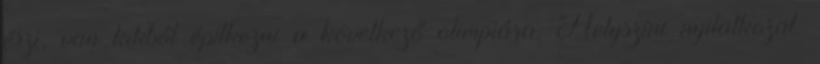
érzi, van kikből építkezni a következő olimpiára. Helyszíni nyilatkozat.